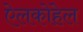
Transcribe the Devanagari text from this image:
ऐलकोहेल